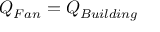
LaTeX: Q _ { F a n } = Q _ { B u i l d i n g } \,